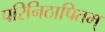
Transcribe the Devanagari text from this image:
परिनिठापितम्